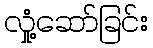
လှုံ့ဆော်ခြင်း